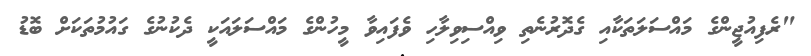
"ރެފިއުޖީންގެ މައްސަލަތަކާއި ގެދޮރުނެތި ވިއްސިވިލާހި ވެފައިވާ މީހުންގެ މައްސަލައަކީ ދެކުނުގެ ގައުމުތަކަށް ބޮޑު